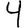
Digit: 4